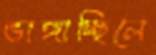
ভাঙ্গাচ্ছিলে